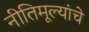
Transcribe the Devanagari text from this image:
नीतिमूल्यांचे